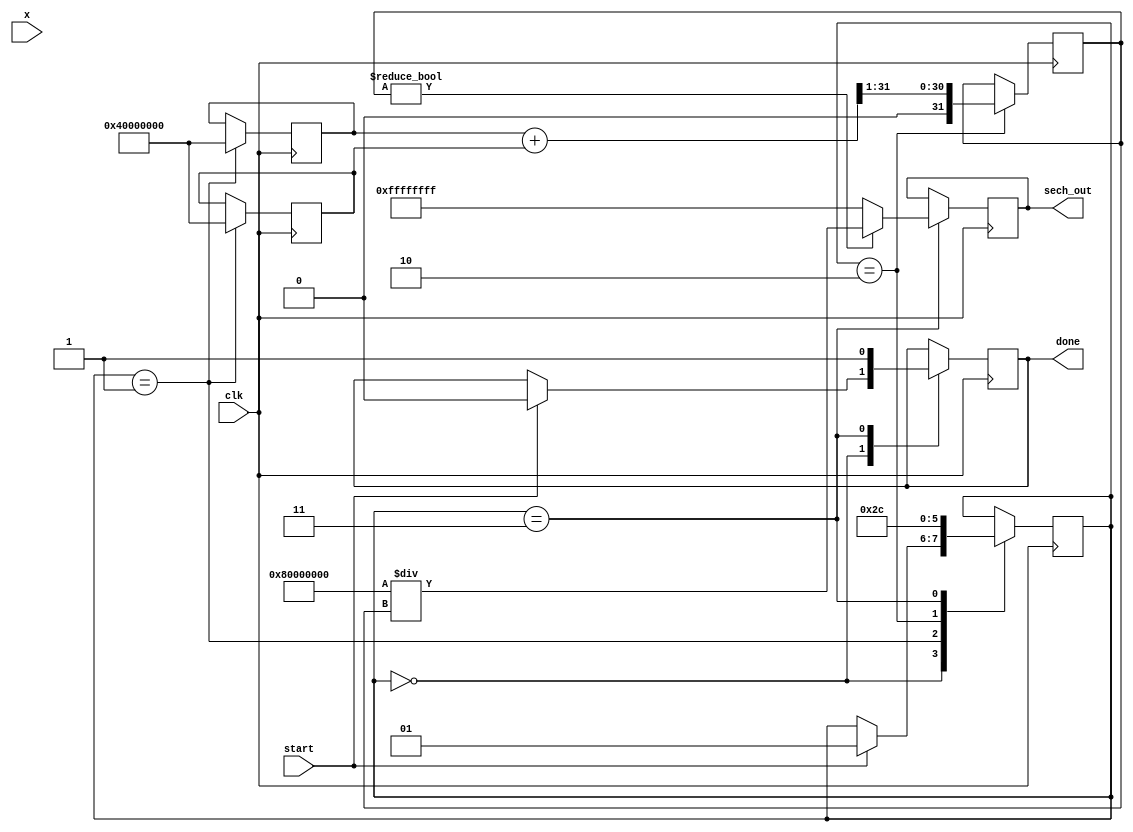
module hyperbolic_sech (
    input wire [31:0] x,          // Input: 32-bit fixed-point representation of x
    input wire clk,               // Clock signal
    input wire start,             // Start signal for computation
    output reg [31:0] sech_out,   // Output: 32-bit fixed-point representation of sech(x)
    output reg done               // Done signal to indicate completion
);

    reg [31:0] exp_x;             // Variable to hold e^x
    reg [31:0] exp_neg_x;         // Variable to hold e^-x
    reg [31:0] cosh_x;            // Variable to hold cosh(x)
    reg [1:0] state;              // State variable for FSM

    localparam IDLE = 2'b00;
    localparam CALC_EXP = 2'b01;
    localparam CALC_COSH = 2'b10;
    localparam CALC_SECH = 2'b11;

    // Exponential approximation (placeholder)
    function [31:0] exp_approx(input [31:0] x);
        // Implement a simple Taylor series or other approximation here
        // For simplicity, we return a fixed value (this should be replaced)
        exp_approx = 32'h40000000; // Placeholder for e^x
    endfunction

    always @(posedge clk) begin
        case (state)
            IDLE: begin
                if (start) begin
                    state <= CALC_EXP;
                    done <= 0;
                end
            end

            CALC_EXP: begin
                exp_x <= exp_approx(x);
                exp_neg_x <= exp_approx(-x); // Compute e^-x
                state <= CALC_COSH;
            end

            CALC_COSH: begin
                cosh_x <= (exp_x + exp_neg_x) >> 1; // Compute cosh(x)
                state <= CALC_SECH;
            end

            CALC_SECH: begin
                if (cosh_x != 0) begin
                    sech_out <= (32'h80000000 / cosh_x); // Compute sech(x) = 2 / cosh(x)
                end else begin
                    sech_out <= 32'hFFFFFFFF; // Handle division by zero (output NaN or similar)
                end
                done <= 1;
                state <= IDLE; // Go back to IDLE
            end

            default: state <= IDLE;
        endcase
    end
endmodule